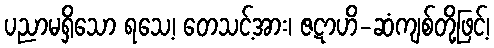
ပညာမရှိသော ရသေ့၊ တေသင့်အား၊ ဇဋာဟိ-ဆံကျစ်တို့ဖြင့်၊